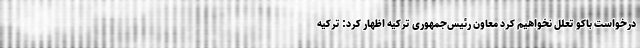
درخواست باکو تعلل نخواهیم کرد معاون رئیس‌جمهوری ترکیه اظهار کرد: ترکیه